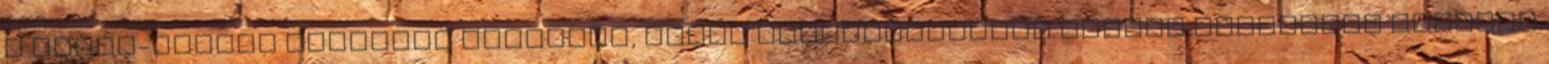
A kelet-indiai szigetek hatalmas, vörös orangutánjának pontos anatómiai leírása